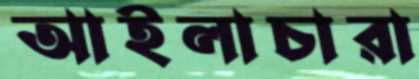
আইলাচারা